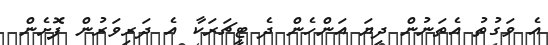
އެ ވަގުތު އެތަނުން ދިޔަ އަންހެން ދެ ޓީޗަރަކާ އެ ދަރިވަރުން ފޮށެން